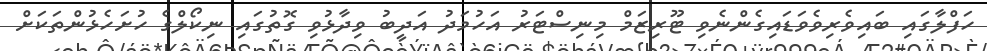
ހަފްލާގައި ބައިވެރިވެވަޑައިގެންނެވި ޓޫރިޒަމް މިނިސްޓަރު އަހުމަދު އަދީބު ވިދާޅުވި ގޮތުގައި ނިކޯލްގެ ހުށަހެޅުންތަކަށް